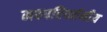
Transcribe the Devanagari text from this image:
नवपरिवर्तनीय